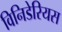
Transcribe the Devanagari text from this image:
विनिडेरियस